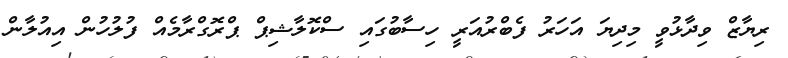
ރިޔާޒް ވިދާޅުވީ މިދިޔަ އަހަރު ފެބްރުއަރީ ހިސާބުގައި ސްކޮލާޝިޕް ޕްރޮގްރާމެއް ފުލުހުން އިއުލާން